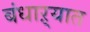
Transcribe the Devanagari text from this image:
बंधाऱ्यात